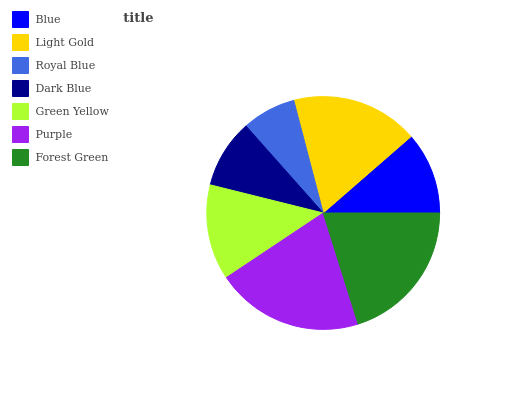
| Blue | Light Gold | Royal Blue | Dark Blue | Green Yellow | Purple | Forest Green |
 | --- | --- | --- | --- | --- | --- | --- |
 | 11.4% | 17.6% | 7.47% | 9.56% | 13.2% | 20.5% | 20.2% |